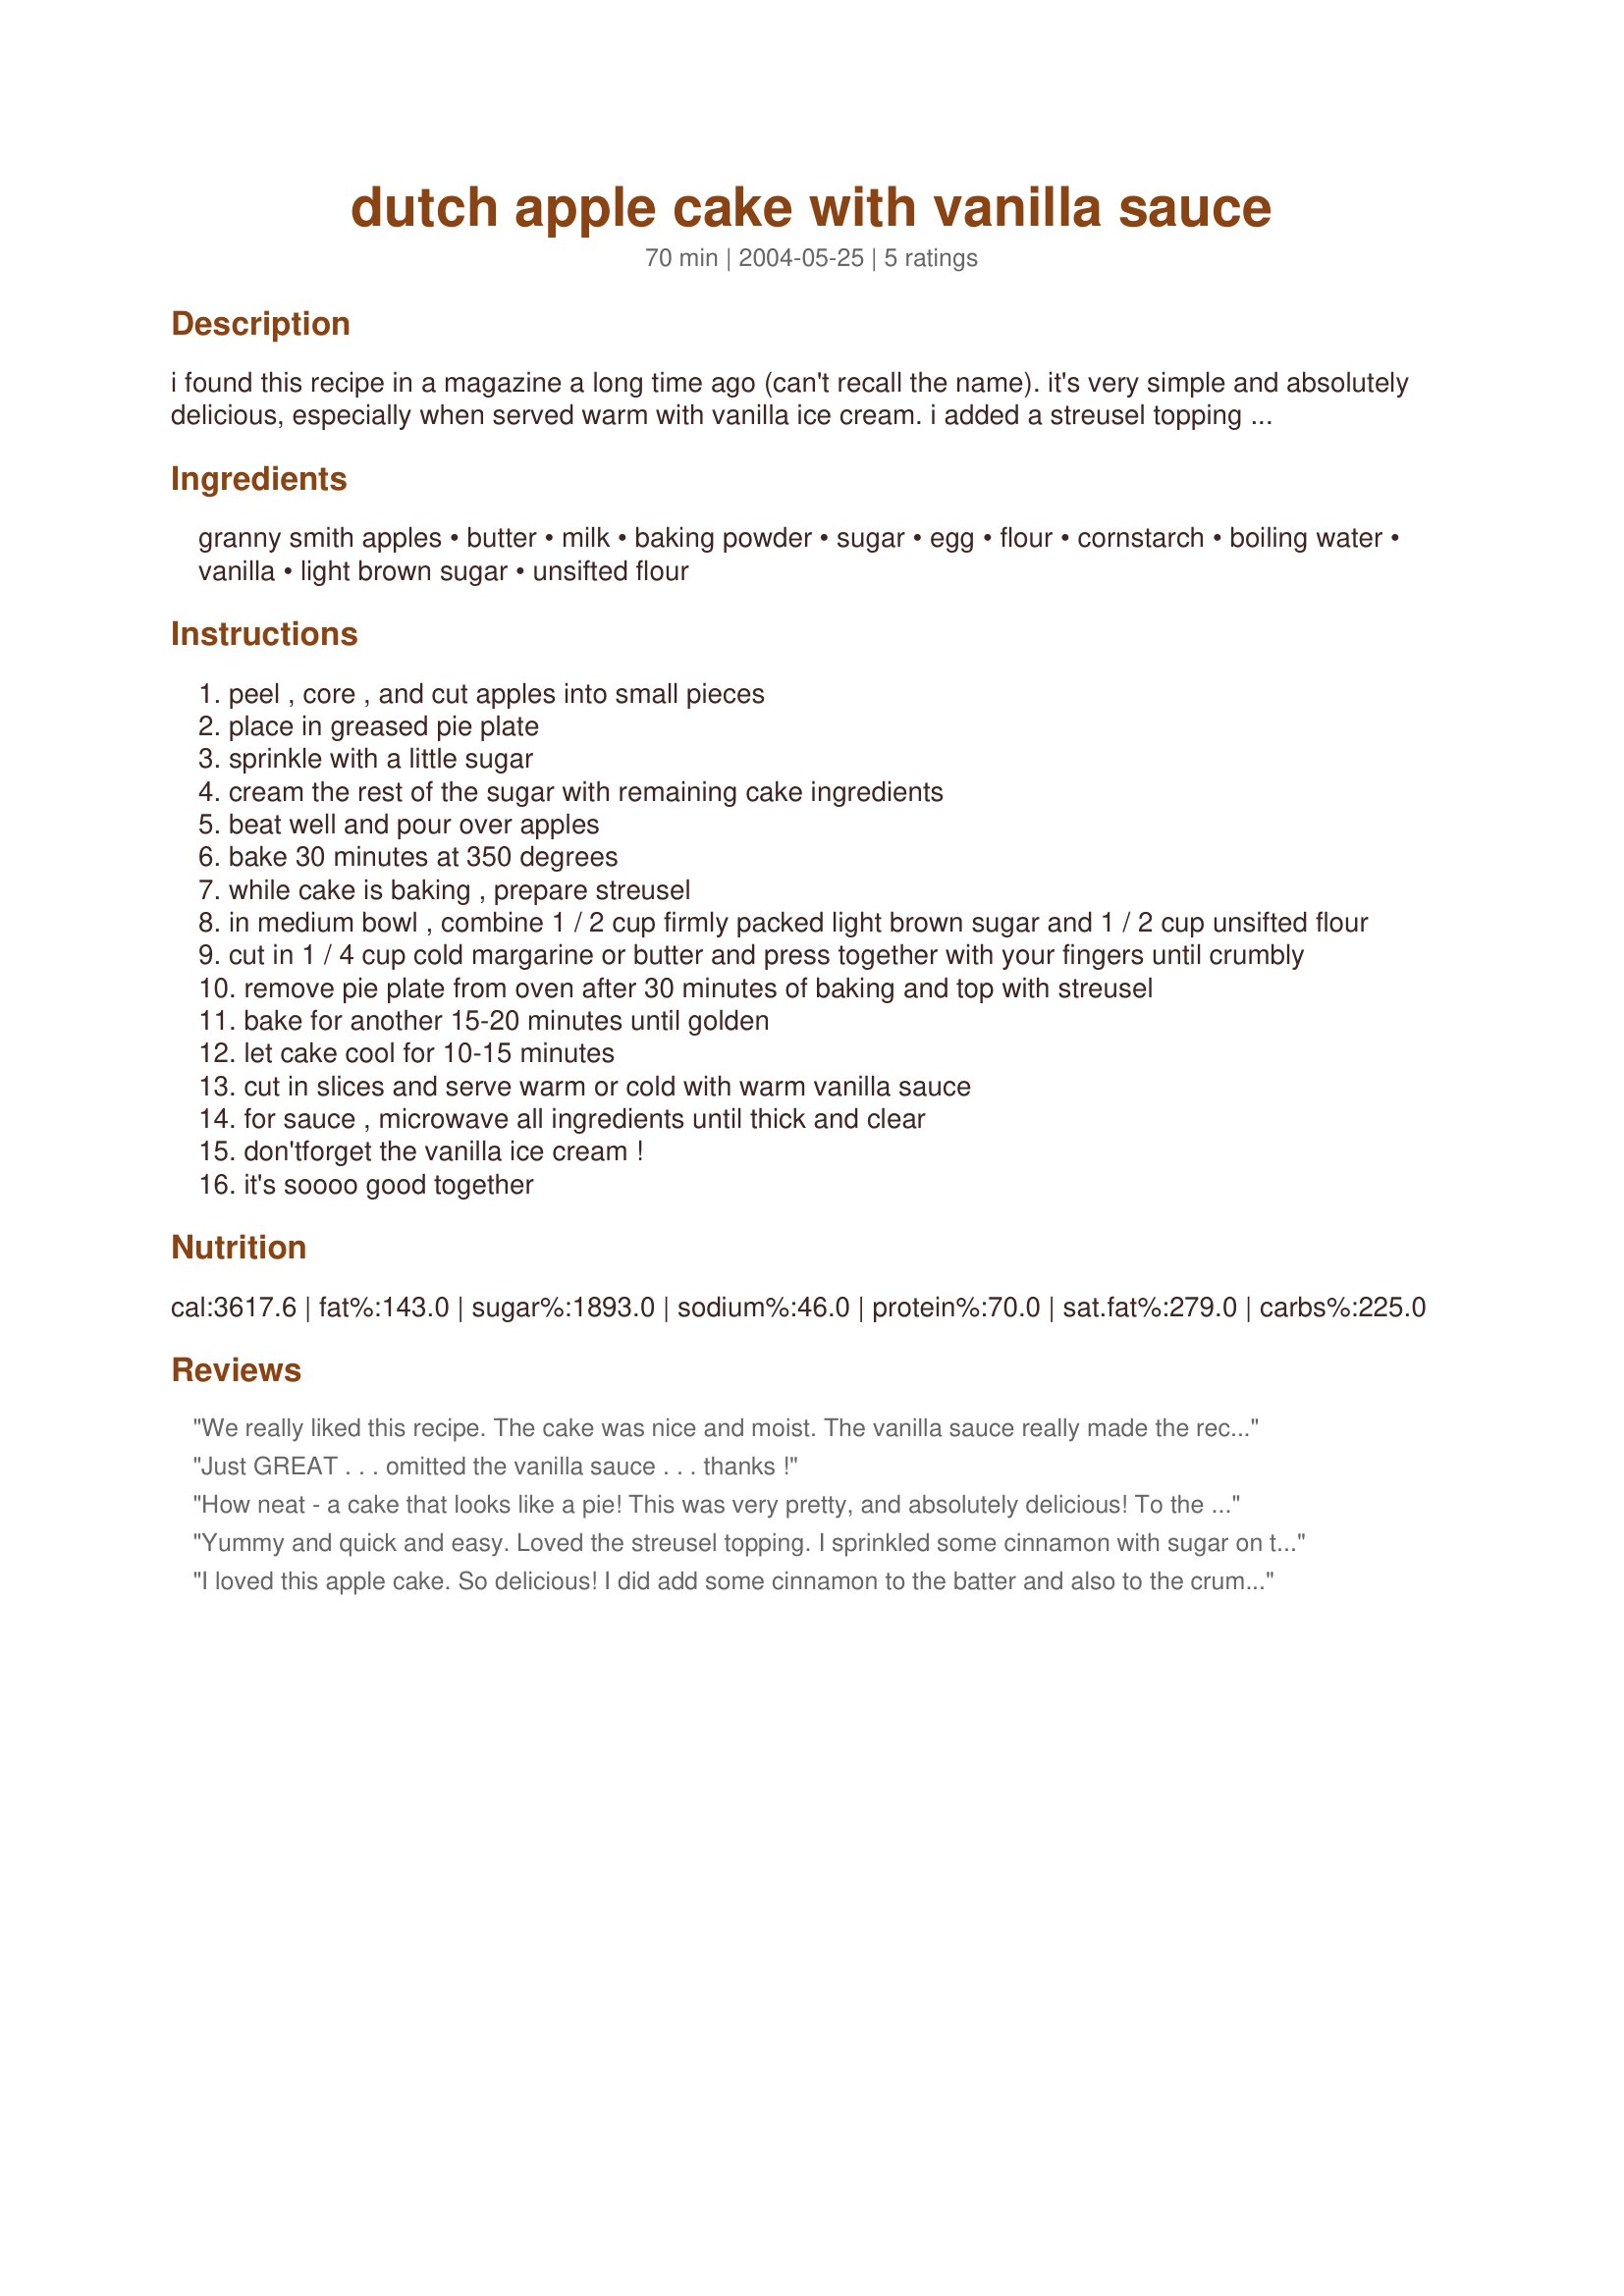
dutch apple cake with vanilla sauce
Preparation time: 70 minutes

i found this recipe in a magazine a long time ago (can't recall the name). it's very simple and absolutely delicious, especially when served warm with vanilla ice cream. i added a streusel topping for the

Ingredients:
granny smith apples, butter, milk, baking powder, sugar, egg, flour, cornstarch, boiling water, vanilla, light brown sugar, unsifted flour

Steps:
peel , core , and cut apples into small pieces
place in greased pie plate
sprinkle with a little sugar
cream the rest of the sugar with remaining cake ingredients
beat well and pour over apples
bake 30 minutes at 350 degrees
while cake is baking , prepare streusel
in medium bowl , combine 1 / 2 cup firmly packed light brown sugar and 1 / 2 cup unsifted flour
cut in 1 / 4 cup cold margarine or butter and press together with your fingers until crumbly
remove pie plate from oven after 30 minutes of baking and top with streusel
bake for another 15-20 minutes until golden
let cake cool for 10-15 minutes
cut in slices and serve warm or cold with warm vanilla sauce
for sauce , microwave all ingredients until thick and clear
don'tforget the vanilla ice cream !
it's soooo good together

Reviews:
We really liked this recipe. The cake was nice and moist. The vanilla sauce really made the recipe. My vanilla sauce was clear, though, unlike the picture. I liked the streusel as well. In the future, I will probably try adding some cinnamon and maybe some nutmeg to the apples. Thanks for the excellent recipe.
Just GREAT . . . omitted the vanilla sauce . . . thanks !
How neat - a cake that looks like a pie! This was very pretty, and absolutely delicious! To the chopped apple, I added 1/2 teaspoon each of cinnamon and ginger. The streusel made a good cake even better, so I'm glad I didn't omit it. I found I only needed half of the streusel topping to cover the cake, though. I didn't have ice cream in the house, so I decorated the cake with whipped cream and cinnamon. I liked the vanilla sauce, but the cake would still be equally tasty without it. This is a keeper!
Yummy and quick and easy. Loved the streusel topping. I sprinkled some cinnamon with sugar on the apples. Just used vanilla sauce for the cake. Thank-you Sara I will be putting this in my book. Also loved the idea of it in a pie plate.
I loved this apple cake. So delicious! I did add some cinnamon to the batter and also to the crumb topping. The best apple cake I have made so far. It disappeared quickly. So...so... Good!
